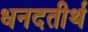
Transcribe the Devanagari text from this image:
धनदतीर्थ